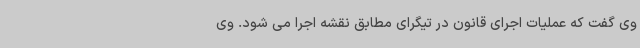
وی گفت که عملیات اجرای قانون در تیگرای مطابق نقشه اجرا می شود. وی